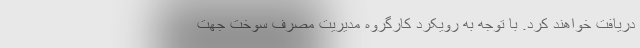
دریافت خواهند کرد. با توجه به رویکرد کارگروه مدیریت مصرف سوخت جهت